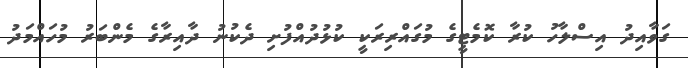
ގަވާއިދު އިސްލާހު ކުރާ ކޮމެޓީގެ މުގައްރިރަކީ ކުޅުދުއްފުށި ދެކުނު ދާއިރާގެ މެންބަރު މުހައްމަދު